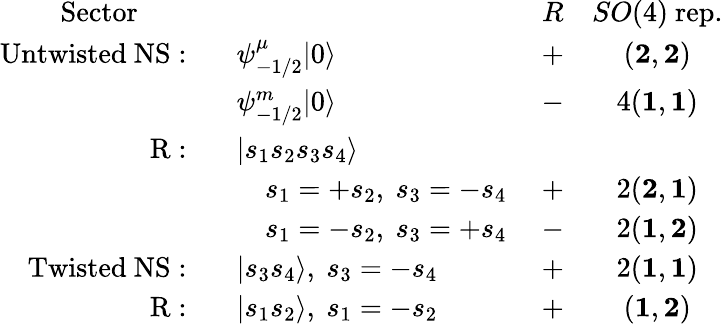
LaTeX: \begin{array}{rlcc}{{\mathrm{Sector~\qquad~}}}&{{}}&{{R}}&{{SO(4)\mathrm{~rep.}}}\\ {{\mathrm{Untwisted~NS:\ \ }}}&{{\psi_{-1/2}^{\mu}|0\rangle}}&{{+}}&{{({\mathbf 2},{\mathbf 2})}}\\ {{}}&{{\psi_{-1/2}^{m}|0\rangle}}&{{-}}&{{4({\mathbf 1},{\mathbf 1})}}\\ {{\mathrm{R:\ \ }}}&{{|s_{1}s_{2}s_{3}s_{4}\rangle}}&{{}}&{{}}\\ {{}}&{{\quad s_{1}=+s_{2},\ s_{3}=-s_{4}\ }}&{{+}}&{{2({\mathbf 2},{\mathbf 1})}}\\ {{}}&{{\quad s_{1}=-s_{2},\ s_{3}=+s_{4}\ }}&{{-}}&{{2({\mathbf 1},{\mathbf 2})}}\\ {{\mathrm{Twisted~NS:\ \ }}}&{{|s_{3}s_{4}\rangle,\ s_{3}=-s_{4}}}&{{+}}&{{2({\mathbf 1},{\mathbf 1})}}\\ {{\mathrm{R:\ \ }}}&{{|s_{1}s_{2}\rangle,\ s_{1}=-s_{2}}}&{{+}}&{{({\mathbf 1},{\mathbf 2})}}\end{array}